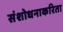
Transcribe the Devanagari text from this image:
संशोधनाकरिता